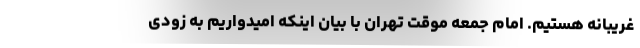
غریبانه هستیم. امام جمعه موقت تهران با بیان اینکه امیدواریم به زودی